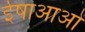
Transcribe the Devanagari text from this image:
ईषाआओं